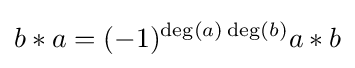
b*a=(-1)^{\deg(a)\deg(b)}a*b